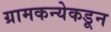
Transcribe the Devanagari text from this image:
ग्रामकन्येकडून